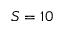
S = 1 0